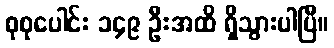
စုစုပေါင်း ၁၄၉ ဦးအထိ ရှိသွားပါပြီ။